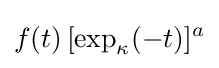
f(t)\,[\exp _{\kappa }(-t)]^{a}